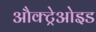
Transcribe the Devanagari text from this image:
औक्ट्रेओइड